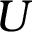
U